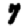
Digit: 7